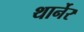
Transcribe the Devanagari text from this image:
थार्नेर